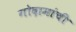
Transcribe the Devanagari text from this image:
गोदामांची